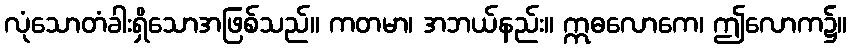
လုံသောတံခါးရှိသောအဖြစ်သည်။ ကတမာ၊ အဘယ်နည်း။ ဣဓလောကေ၊ ဤလောက၌။